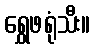
ရွှေဖရုံသီး။